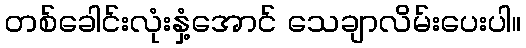
တစ်ခေါင်းလုံးနှံ့အောင် သေချာလိမ်းပေးပါ။